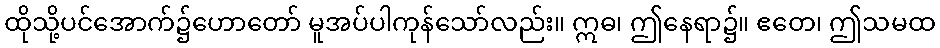
ထိုသို့ပင်အောက်၌ဟောတော် မူအပ်ပါကုန်သော်လည်း။ ဣဓ၊ ဤနေရာ၌။ ဧတေ၊ ဤသမထ